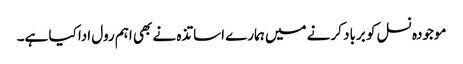
موجودہ نسل کو برباد کرنے میں ہمارے اساتذہ نے بھی اہم رول ادا کیا ہے۔